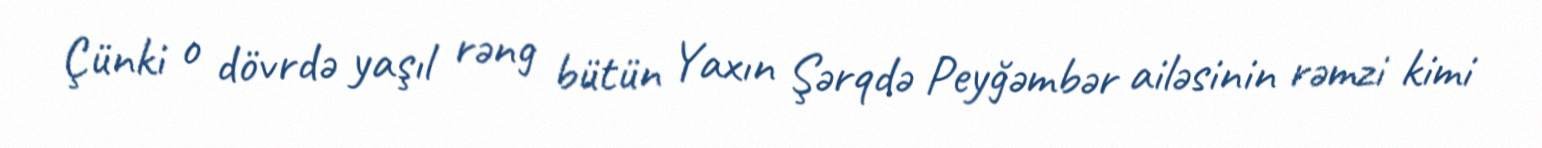
Çünki o dövrdə yaşıl rəng bütün Yaxın Şərqdə Peyğəmbər ailəsinin rəmzi kimi